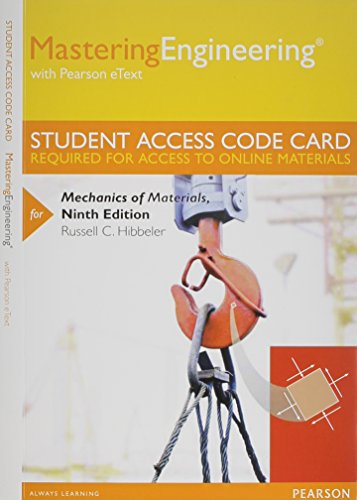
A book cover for MasteringEngineering with Pearson eText -- Standalone Access Card -- for Mechanics of Materials; Russell C. Hibbeler; Science & Math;